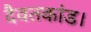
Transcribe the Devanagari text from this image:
दैवतकांड।